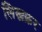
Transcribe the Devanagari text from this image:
लिख्रक्रर